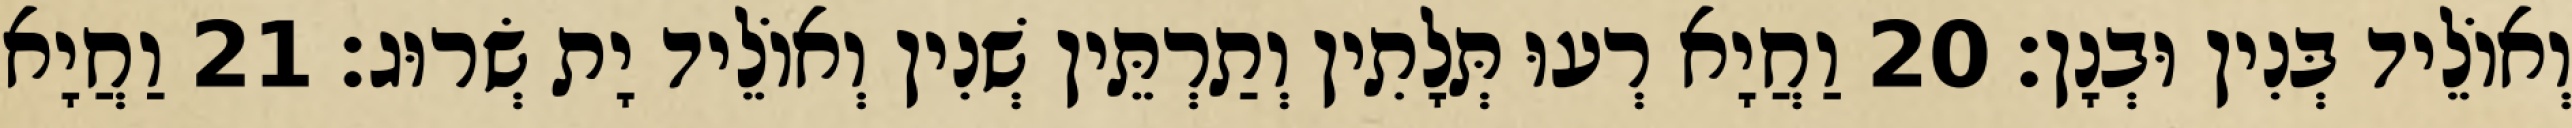
וְאוֹלֵיד בְּנִין וּבְנָן׃ 20 וַחֲיָא רְעוּ תְּלָתִין וְתַרְתֵּין שְׁנִין וְאוֹלֵיד יָת שְׂרוּג׃ 21 וַחֲיָא